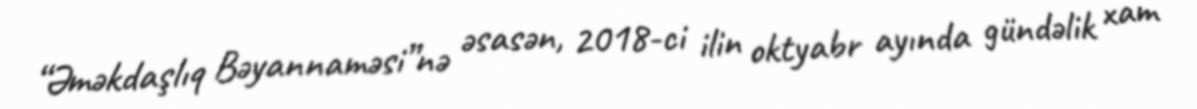
“Əməkdaşlıq Bəyannaməsi”nə əsasən, 2018-ci ilin oktyabr ayında gündəlik xam